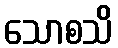
သောစသိ